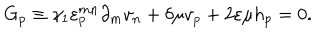
LaTeX: G _ { p } \equiv \gamma _ { 1 } \varepsilon _ { p } ^ { m n } \partial _ { m } v _ { n } + \delta \mu v _ { p } + 2 \varepsilon \mu h _ { p } = 0 .